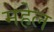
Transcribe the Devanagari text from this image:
महेल